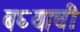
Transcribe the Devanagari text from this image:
बघ्याची